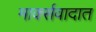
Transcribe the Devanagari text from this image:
मार्क्सवादात